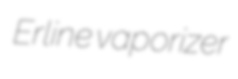
Erline vaporizer